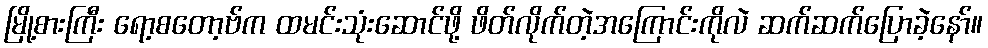
မြို့စားကြီး ရော့စတော့ဗ်က ထမင်းသုံးဆောင်ဖို့ ဖိတ်လိုက်တဲ့အကြောင်းကိုလဲ ဆက်ဆက်ပြောခဲ့နော်။